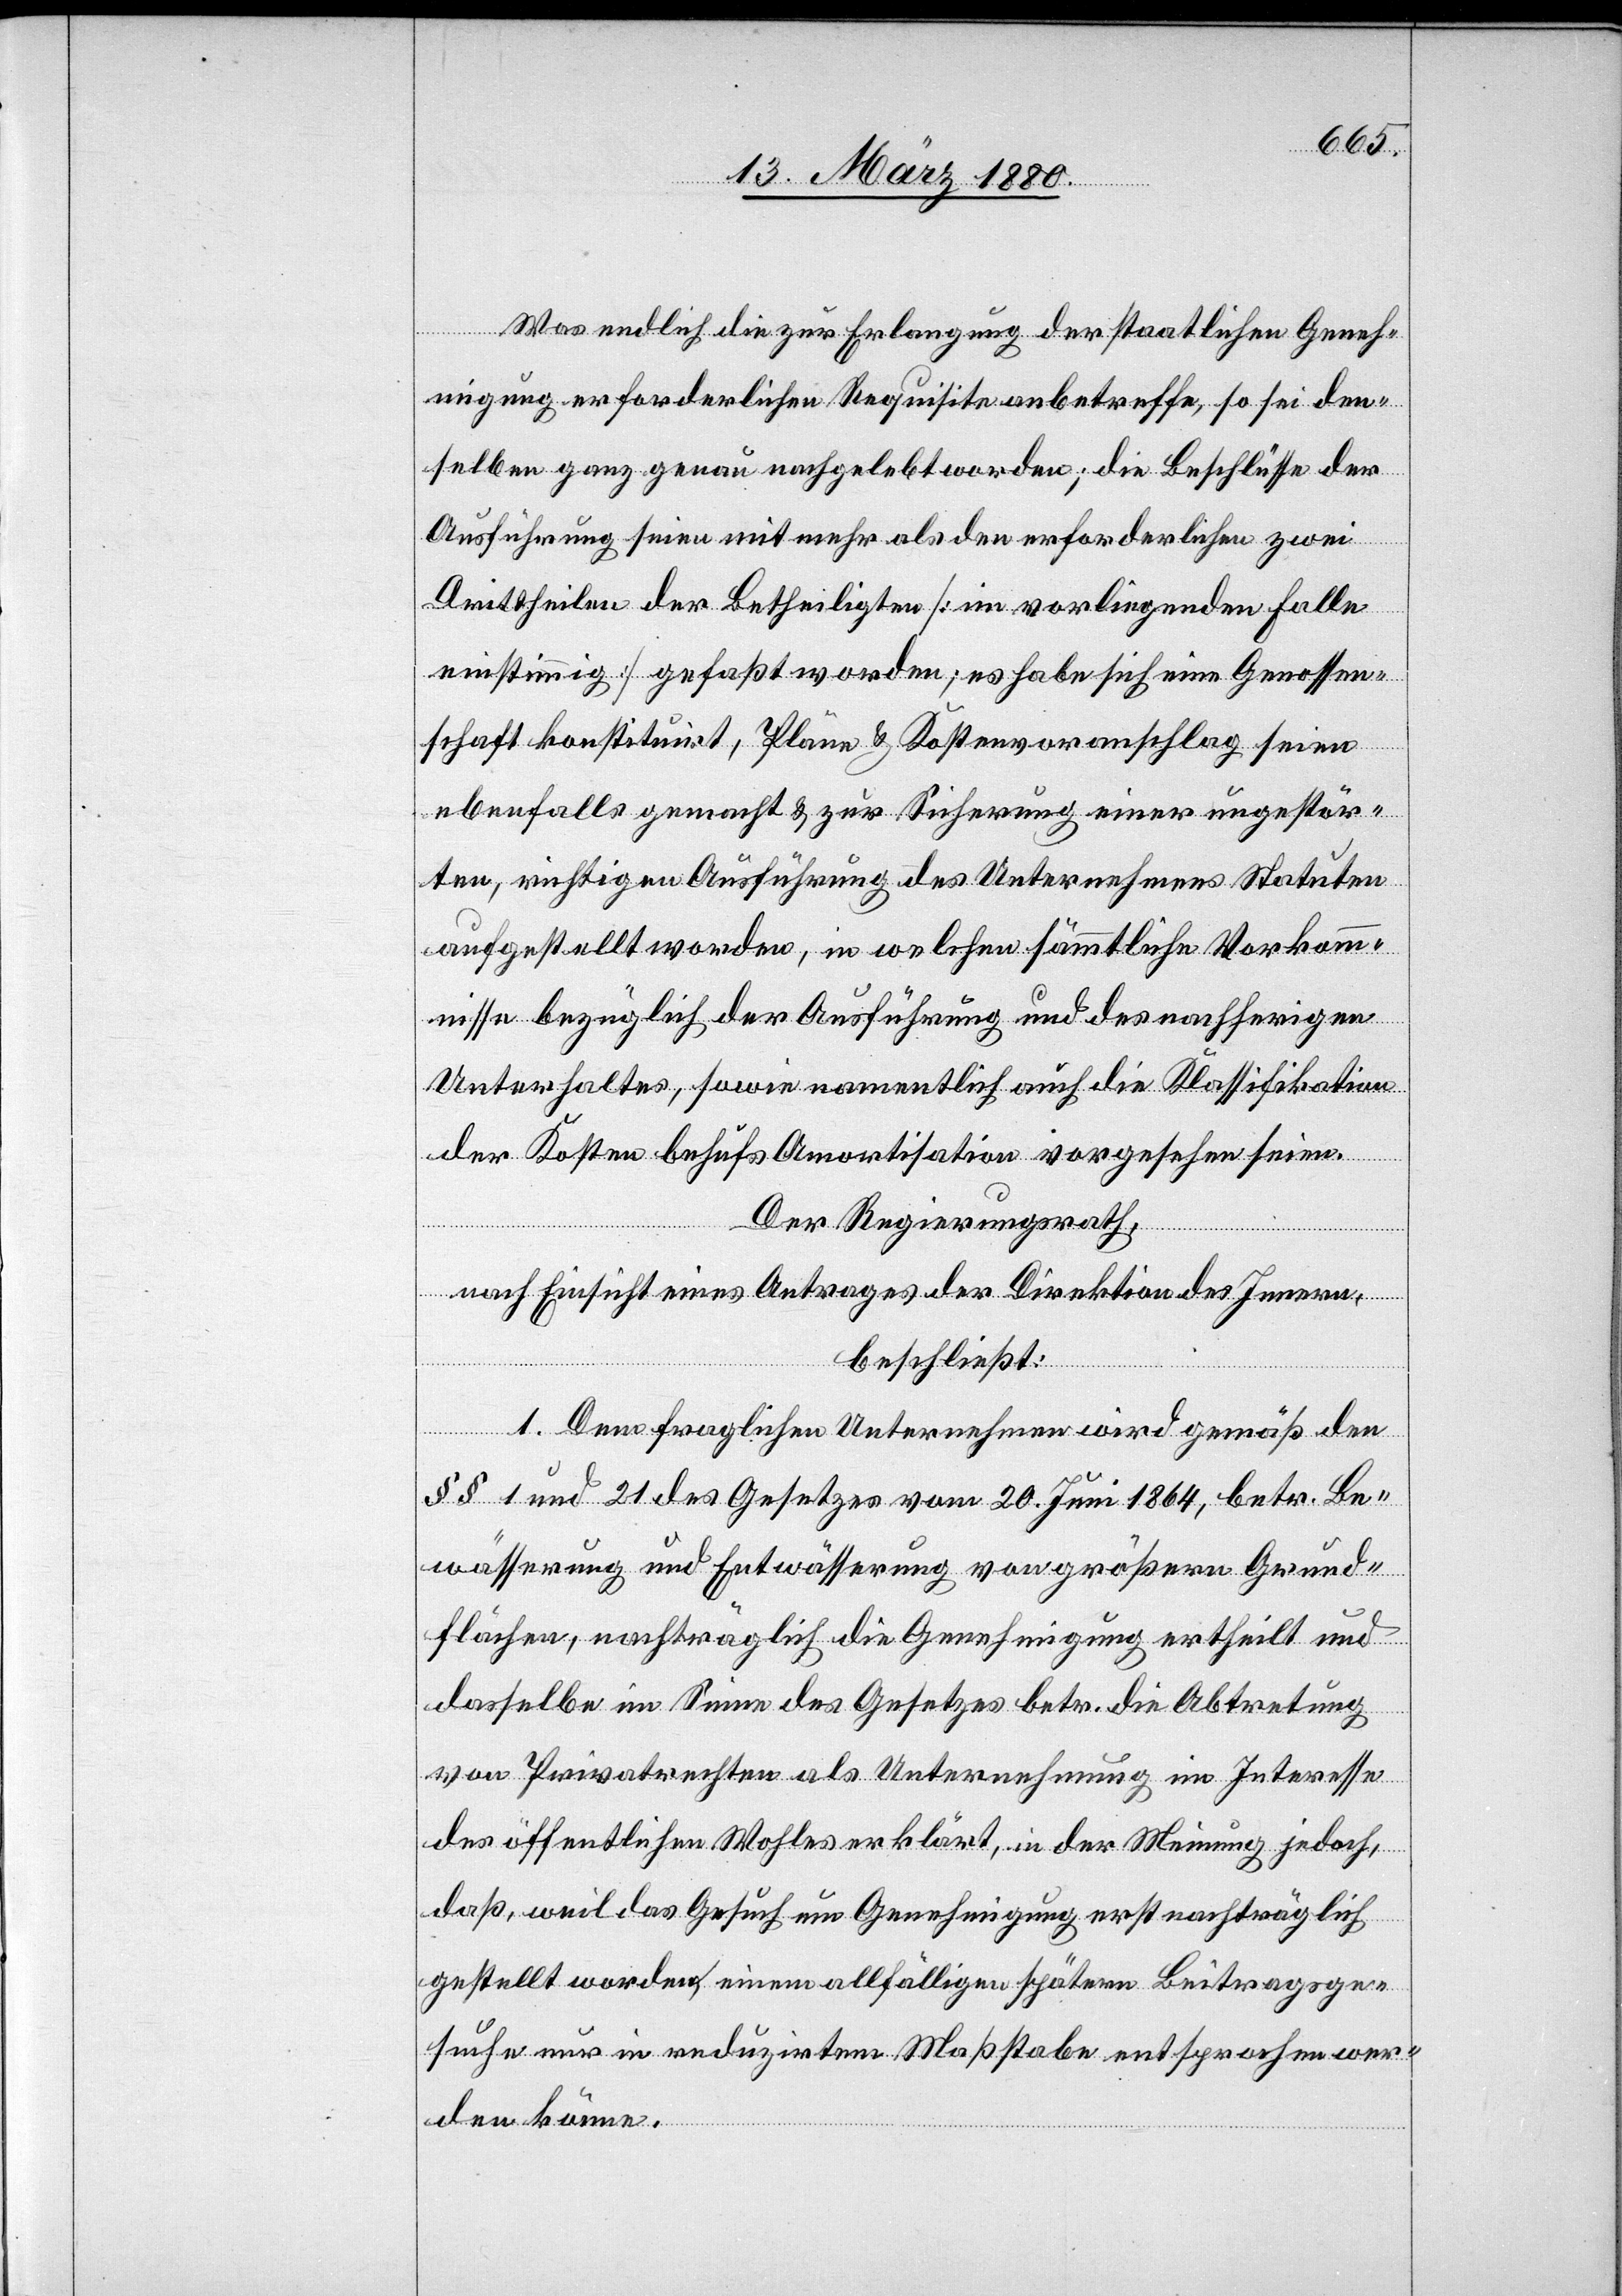
Was endlich die zur Erlangung der staatlichen Geneh¬
migung erforderlichen Requisite anbetreffe, so sei den¬
selben ganz genau nachgelebt worden; die Beschlüsse der
Ausführung seien mit mehr als den erforderlichen zwei
Drittheilen der Betheiligten [im vorliegenden Falle
einstimmig] gefaßt worden; es habe sich eine Genossen¬
schaft konstituirt, Pläne & Kostenvoranschlag seien
ebenfalls gemacht & zur Sicherung einer ungestör¬
ten, richtigen Ausführung des Unternehmens Statuten
aufgestellt worden, in welchen sämmtliche Vorkom¬
mnisse bezüglich der Ausführung und des nachherigen
Unterhaltes, sowie namentlich auch die Klassifikation
der Kosten behufs Amortisation vorgesehen seien.
Der Regierungsrath,
nach Einsicht eines Antrages der Direktion des Innern,
beschließt:
1. Dem fraglichen Unternehmen wird gemäß den
§§ 1 und 21 des Gesetzes vom 20. Juni 1864, betr. Be¬
wässerung und Entwässerung von größern Grund¬
flächen, nachträglich die Genehmigung ertheilt und
dasselbe im Sinne des Gesetzes betr. die Abtretung
von Privatrechten als Unternehmung im Interesse
des öffentlichen Wohles erklärt, in der Meinung jedoch,
daß, weil das Gesuch um Genehmigung erst nachträglich
gestellt worden, einem allfälligen spätern Beitragsge¬
suche nur in reduzirtem Maßstabe entsprochen wer¬
den könne.